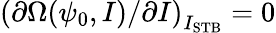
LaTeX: \left(\partial\Omega(\psi_{0},I)/\partial I\right)_{I_{\mathrm{STB}}}=0